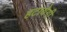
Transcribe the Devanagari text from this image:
हटायेगी